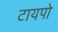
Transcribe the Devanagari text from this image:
टायपो